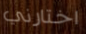
اختارني